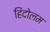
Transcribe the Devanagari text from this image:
हिंदोलम